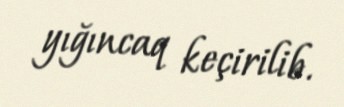
yığıncaq keçirilib.